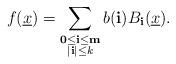
LaTeX: \begin{align*} f(\underline{x})= \sum\limits_{\substack{\mathbf{0} \leq \mathbf{i} \leq \mathbf{m} \\ \vert \mathbf{i} \vert \le k}}b(\mathbf{i})B_{\mathbf{i}}(\underline{x}). \end{align*}